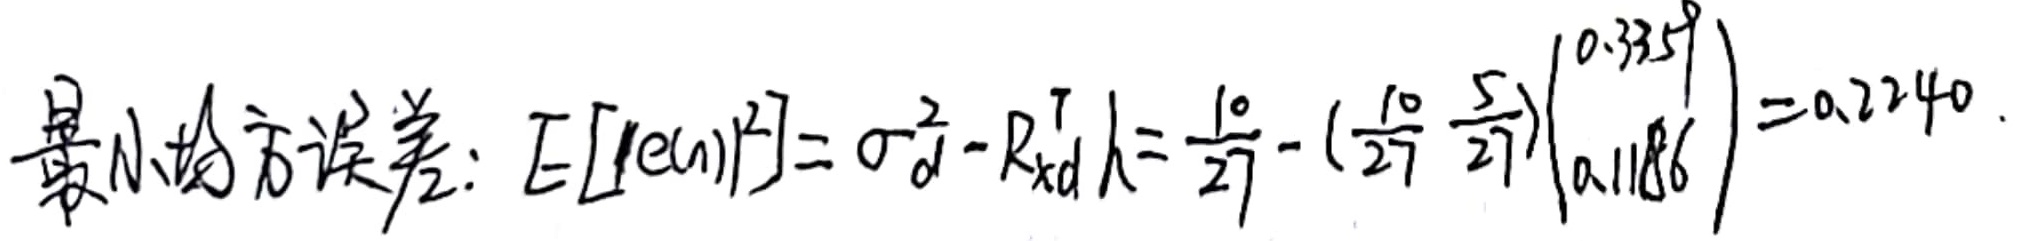
最小均方误差：\(E[|e(n)|^{2}]=\sigma_{d}^{2}-\boldsymbol{R}_{xd}^{T}\boldsymbol{h}=\frac{10}{27}-\begin{pmatrix}\frac{10}{27}&\frac{5}{27}\end{pmatrix}\begin{pmatrix}0.3359\\0.1186\end{pmatrix}= 0.2240\)